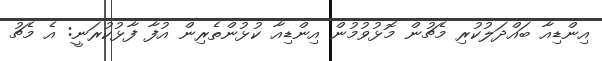
އިންޑިއާ ބައްދަލުކުރި މެޗުން މޮޅުވުމުން އިންޑިއާ ކުޅުންތެރިން އުފާ ފާޅުކުރަނީ: އެ މެޗު